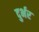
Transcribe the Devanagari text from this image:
दुर्भर